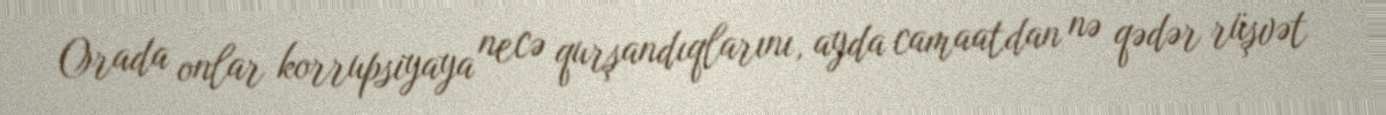
Orada onlar korrupsiyaya necə qurşandıqlarını, ayda camaatdan nə qədər rüşvət